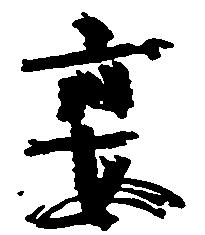
宴